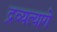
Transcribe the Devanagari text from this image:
द्रव्यत्यागे